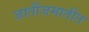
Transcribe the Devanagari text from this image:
जातींजमातींत